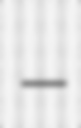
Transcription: –